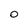
Character: 0